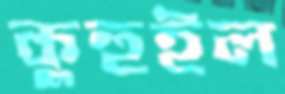
কুহুইল